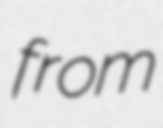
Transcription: from